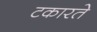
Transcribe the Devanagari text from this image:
टकारते